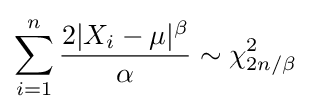
\sum _{i=1}^{n}{\frac {2|X_{i}-\mu |^{\beta }}{\alpha }}\sim \chi _{2n/\beta }^{2}